Indian journal of veterinary science and animal husbandry - Volumes 22-23, 1952-1953
Year: 1952
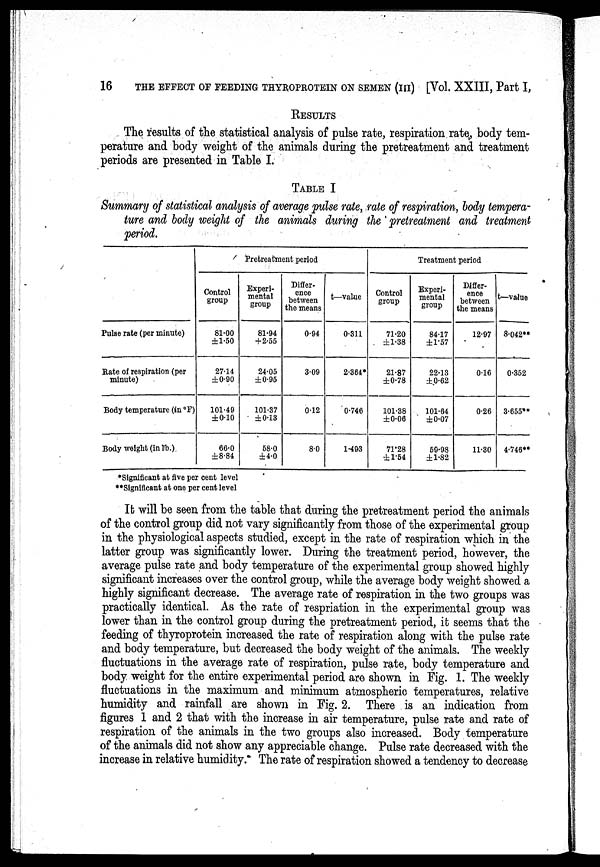
16
THE EFFECT OF FEEDING THYROPROTEIN ON SEMEN (III) [Vol. XXIII, Part I,
RESULTS
The results of the statistical analysis of pulse rate, respiration rate, body tem-
perature and body weight of the animals during the pretreatment and treatment
periods are presented in Table I.
TABLE I
Summary of statistical analysis of average pulse rate, rate of respiration, body tempera-
ture and body weight of the animals during the pretreatment and treatment
period.
Pulse rate (per minute)
Rate of respiration (per
minute)
Body temperature (in °F)
Body weight (in lb.)
Pretreatment period
Control
group
81.00
±1.50
27.14
±0.90
101.49
±0.10
66.0
±8.84
Experi-
mental
group
81.94
+ 2.55
24.05
±0.95
101.37
±0.13
58.0
±4.0
Differ-
ence
between
the means
0.94
3.09
0.12
8.0
t—value
0.311
2.364*
0.746
1.493
Treatment period
Control
group
71.20
±1.38
21.87
±0.78
101.38
±0.06
71.28
±1.54
Experi-
mental
group
84.17
±1.57
22.13
±0.62
101.64
±0.07
59.98
±1.82
Differ-
ence
between
the means
12.97
0.16
0.26
11.30
t—value
8.042**
0.352
3.655**
4.746**
*Significant at five per cent level
**Significant at one per cent level
It will be seen from the table that during the pretreatment period the animals
of the control group did not vary significantly from those of the experimental group
in the physiological aspects studied, except in the rate of respiration which in the
latter group was significantly lower. During the treatment period, however, the
average pulse rate and body temperature of the experimental group showed highly
significant increases over the control group, while the average body weight showed a
highly significant decrease. The average rate of respiration in the two groups was
practically identical. As the rate of respriation in the experimental group was
lower than in the control group during the pretreatment period, it seems that the
feeding of thyroprotein increased the rate of respiration along with the pulse rate
and body temperature, but decreased the body weight of the animals. The weekly
fluctuations in the average rate of respiration, pulse rate, body temperature and
body weight for the entire experimental period are shown in Fig. 1. The weekly
fluctuations in the maximum and minimum atmospheric temperatures, relative
humidity and rainfall are shown in Fig. 2. There is an indication from
figures 1 and 2 that with the increase in air temperature, pulse rate and rate of
respiration of the animals in the two groups also increased. Body temperature
of the animals did not show any appreciable change. Pulse rate decreased with the
increase in relative humidity. The rate of respiration showed a tendency to decrease